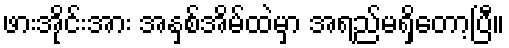
ဖားအိုင်းအား အနှစ်အိမ်ထဲမှာ အရည်မရှိတော့ပြီ။